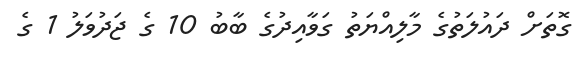
ގޮތަށް ދައުލަތުގެ މާލިއްޔަތު ގަވާއިދުގެ ބާބު 10 ގެ ޖަދުވަލު 1 ގެ